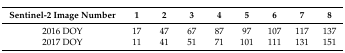
<table><thead><tr><td><b>Sentinel-2 Image Number</b></td><td><b>1</b></td><td><b>2</b></td><td><b>3</b></td><td><b>4</b></td><td><b>5</b></td><td><b>6</b></td><td><b>7</b></td><td><b>8</b></td></tr></thead><tbody><tr><td>2016 DOY</td><td>17</td><td>47</td><td>67</td><td>87</td><td>97</td><td>107</td><td>117</td><td>137</td></tr><tr><td>2017 DOY</td><td>11</td><td>41</td><td>51</td><td>71</td><td>101</td><td>111</td><td>131</td><td>151</td></tr></tbody></table>